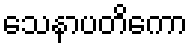
သေနာပတိကော